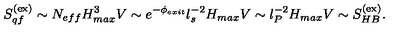
S _ { q f } ^ { ( \mathrm { e x } ) } \sim N _ { e f f } H _ { m a x } ^ { 3 } V \sim e ^ { - \phi _ { e x i t } } l _ { s } ^ { - 2 } H _ { m a x } V \sim l _ { P } ^ { - 2 } H _ { m a x } V \sim S _ { H B } ^ { ( \mathrm { e x } ) } .